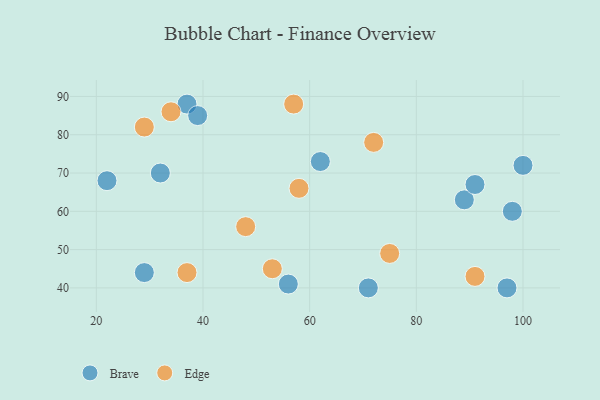
{"axis": {"x": "GDP", "y": "Life Expectancy"}, "legend": ["Brave", "Edge"], "data": [{"x": "32", "y": 70, "type": "Brave"}, {"x": "89", "y": 63, "type": "Brave"}, {"x": "37", "y": 88, "type": "Brave"}, {"x": "91", "y": 67, "type": "Brave"}, {"x": "29", "y": 44, "type": "Brave"}, {"x": "100", "y": 72, "type": "Brave"}, {"x": "56", "y": 41, "type": "Brave"}, {"x": "97", "y": 40, "type": "Brave"}, {"x": "98", "y": 60, "type": "Brave"}, {"x": "71", "y": 40, "type": "Brave"}, {"x": "39", "y": 85, "type": "Brave"}, {"x": "22", "y": 68, "type": "Brave"}, {"x": "62", "y": 73, "type": "Brave"}, {"x": "58", "y": 66, "type": "Edge"}, {"x": "34", "y": 86, "type": "Edge"}, {"x": "75", "y": 49, "type": "Edge"}, {"x": "91", "y": 43, "type": "Edge"}, {"x": "29", "y": 82, "type": "Edge"}, {"x": "37", "y": 44, "type": "Edge"}, {"x": "72", "y": 78, "type": "Edge"}, {"x": "53", "y": 45, "type": "Edge"}, {"x": "57", "y": 88, "type": "Edge"}, {"x": "48", "y": 56, "type": "Edge"}]}